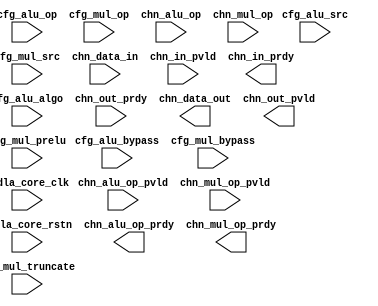
module NV_NVDLA_SDP_HLS_Y_int_core (
   cfg_alu_algo //|< i
  ,cfg_alu_bypass //|< i
  ,cfg_alu_op //|< i
  ,cfg_alu_src //|< i
  ,cfg_mul_bypass //|< i
  ,cfg_mul_op //|< i
  ,cfg_mul_prelu //|< i
  ,cfg_mul_src //|< i
  ,cfg_mul_truncate //|< i
  ,chn_alu_op //|< i
  ,chn_alu_op_pvld //|< i
  ,chn_data_in //|< i
  ,chn_in_pvld //|< i
  ,chn_mul_op //|< i
  ,chn_mul_op_pvld //|< i
  ,chn_out_prdy //|< i
  ,nvdla_core_clk //|< i
  ,nvdla_core_rstn //|< i
  ,chn_alu_op_prdy //|> o
  ,chn_data_out //|> o
  ,chn_in_prdy //|> o
  ,chn_mul_op_prdy //|> o
  ,chn_out_pvld //|> o
  );
input [1:0] cfg_alu_algo;
input cfg_alu_bypass;
input [31:0] cfg_alu_op;
input cfg_alu_src;
input cfg_mul_bypass;
input [31:0] cfg_mul_op;
input cfg_mul_prelu;
input cfg_mul_src;
input [9:0] cfg_mul_truncate;
input [32*0 -1:0] chn_alu_op;
input chn_alu_op_pvld;
input [32*0 -1:0] chn_data_in;
input chn_in_pvld;
input [32*0 -1:0] chn_mul_op;
input chn_mul_op_pvld;
input chn_out_prdy;
output chn_alu_op_prdy;
output [32*0 -1:0] chn_data_out;
output chn_in_prdy;
output chn_mul_op_prdy;
output chn_out_pvld;
input nvdla_core_clk;
input nvdla_core_rstn;
//: my $k=0;
//: foreach my $i (0..${k}-1) {
//: print qq(
//: wire [31:0] chn_alu_op_${i};
//: wire chn_alu_op_prdy_${i};
//: wire [31:0] chn_data_in_${i};
//: wire [31:0] chn_data_out_${i};
//: wire chn_in_prdy_${i};
//: wire [31:0] chn_mul_op_${i};
//: wire chn_mul_op_prdy_${i};
//: wire chn_out_pvld_${i};
//: wire [31:0] mul_data_out_${i};
//: wire mul_out_prdy_${i};
//: wire mul_out_pvld_${i};
//:
//: );
//: }
//| eperl: generated_beg (DO NOT EDIT BELOW)

//| eperl: generated_end (DO NOT EDIT ABOVE)
assign chn_in_prdy = chn_in_prdy_0;
assign chn_alu_op_prdy = chn_alu_op_prdy_0;
assign chn_mul_op_prdy = chn_mul_op_prdy_0;
assign chn_out_pvld = chn_out_pvld_0;
//: my $k=0;
//: foreach my $i (0..${k}-1) {
//: print qq(
//: assign chn_data_in_${i}= chn_data_in[32*${i}+31:32*${i}];
//: assign chn_alu_op_${i} = chn_alu_op[32*${i}+31:32*${i}];
//: assign chn_mul_op_${i} = chn_mul_op[32*${i}+31:32*${i}];
//: assign chn_data_out[32*${i}+31:32*${i}] = chn_data_out_${i};
//:
//: NV_NVDLA_SDP_HLS_Y_int_mul u_sdp_y_core_mul_${i} (
//: .cfg_mul_bypass (cfg_mul_bypass)
//: ,.cfg_mul_op (cfg_mul_op[31:0])
//: ,.cfg_mul_prelu (cfg_mul_prelu)
//: ,.cfg_mul_src (cfg_mul_src)
//: ,.cfg_mul_truncate (cfg_mul_truncate[9:0])
//: ,.chn_in_pvld (chn_in_pvld)
//: ,.chn_mul_in (chn_data_in_${i}[31:0])
//: ,.chn_mul_op (chn_mul_op_${i}[31:0])
//: ,.chn_mul_op_pvld (chn_mul_op_pvld)
//: ,.mul_out_prdy (mul_out_prdy_${i})
//: ,.nvdla_core_clk (nvdla_core_clk)
//: ,.nvdla_core_rstn (nvdla_core_rstn)
//: ,.chn_in_prdy (chn_in_prdy_${i})
//: ,.chn_mul_op_prdy (chn_mul_op_prdy_${i})
//: ,.mul_data_out (mul_data_out_${i}[31:0])
//: ,.mul_out_pvld (mul_out_pvld_${i})
//: );
//:
//: NV_NVDLA_SDP_HLS_Y_int_alu u_sdp_y_core_alu_${i} (
//: .alu_data_in (mul_data_out_${i}[31:0])
//: ,.alu_in_pvld (mul_out_pvld_${i})
//: ,.alu_out_prdy (chn_out_prdy)
//: ,.cfg_alu_algo (cfg_alu_algo[1:0])
//: ,.cfg_alu_bypass (cfg_alu_bypass)
//: ,.cfg_alu_op (cfg_alu_op[31:0])
//: ,.cfg_alu_src (cfg_alu_src)
//: ,.chn_alu_op (chn_alu_op_${i}[31:0])
//: ,.chn_alu_op_pvld (chn_alu_op_pvld)
//: ,.nvdla_core_clk (nvdla_core_clk)
//: ,.nvdla_core_rstn (nvdla_core_rstn)
//: ,.alu_data_out (chn_data_out_${i}[31:0])
//: ,.alu_in_prdy (mul_out_prdy_${i})
//: ,.alu_out_pvld (chn_out_pvld_${i})
//: ,.chn_alu_op_prdy (chn_alu_op_prdy_${i})
//: );
//:
//: );
//: }
//| eperl: generated_beg (DO NOT EDIT BELOW)

//| eperl: generated_end (DO NOT EDIT ABOVE)
endmodule